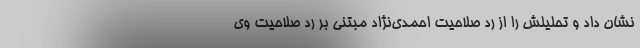
نشان داد و تحلیلش را از رد صلاحیت احمدی‌نژاد مبتنی بر رد صلاحیت وی